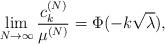
LaTeX: \begin{align*} \lim_{N \to \infty}\frac{c^{(N)}_k}{\mu^{(N)}}=\Phi(-k\sqrt{\lambda}),\end{align*}